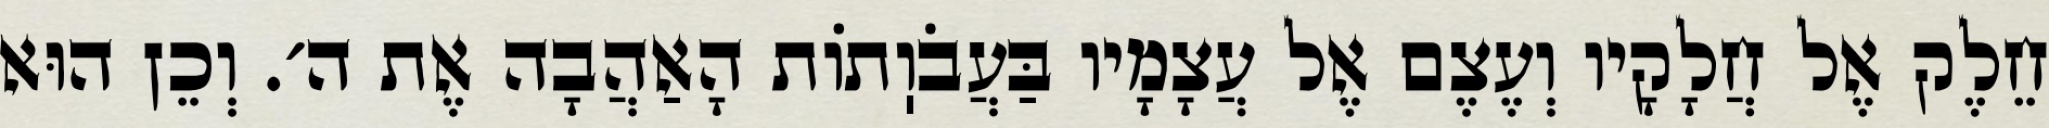
חֵלֶק אֶל חֲלָקָיו וְעֶצֶם אֶל עֲצָמָיו בַּעֲבֹוֽתוֹת הָאַהֲבָה אֶת ה׳. וְכֵן הוּא